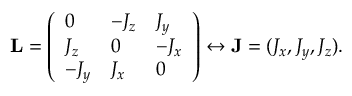
\mathbf { L } = \left( \begin{array} { l l l } { 0 } & { - J _ { z } } & { J _ { y } } \\ { J _ { z } } & { 0 } & { - J _ { x } } \\ { - J _ { y } } & { J _ { x } } & { 0 } \end{array} \right) \leftrightarrow \mathbf { J } = ( J _ { x } , J _ { y } , J _ { z } ) .